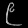
Digit: ၉